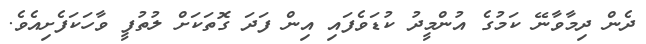
ދެން ދިމާވާނޭ ކަމުގެ އުންމީދު ކުޑަވެފައި އިން ފަދަ ގޮތަކަށް ލުތުފީ ވާހަކަފެށިއެވެ.